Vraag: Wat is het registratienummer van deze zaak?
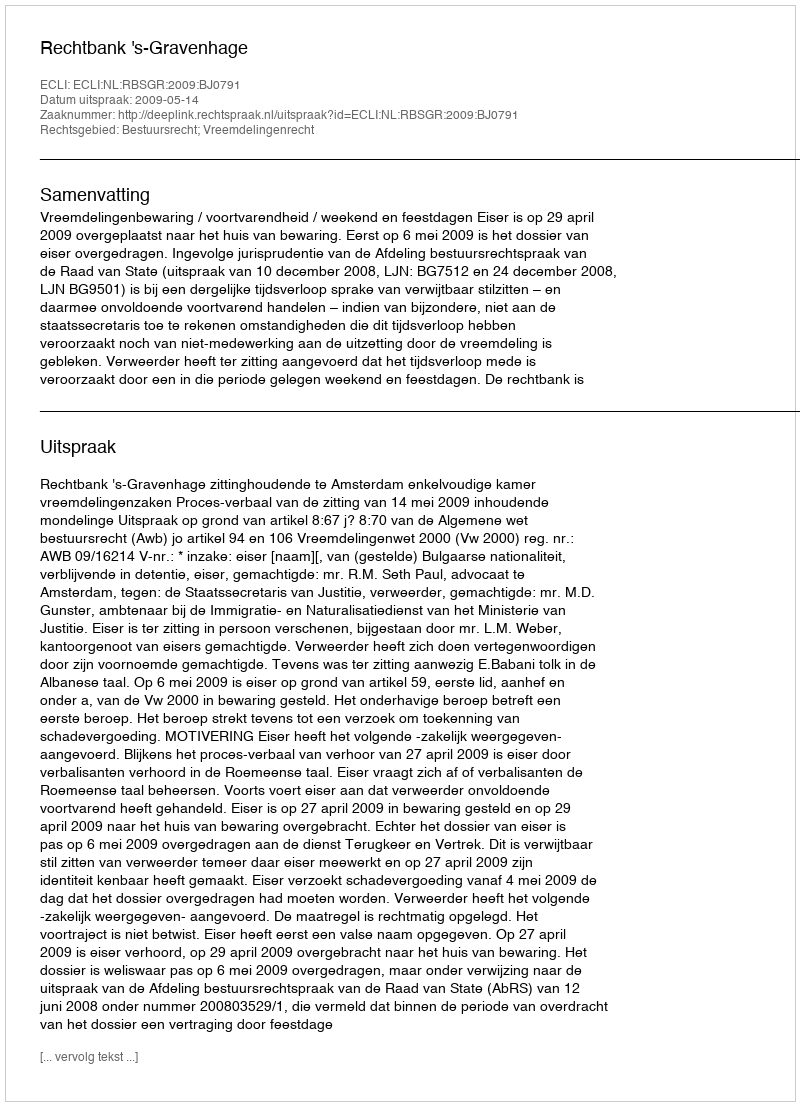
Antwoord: http://deeplink.rechtspraak.nl/uitspraak?id=ECLI:NL:RBSGR:2009:BJ0791